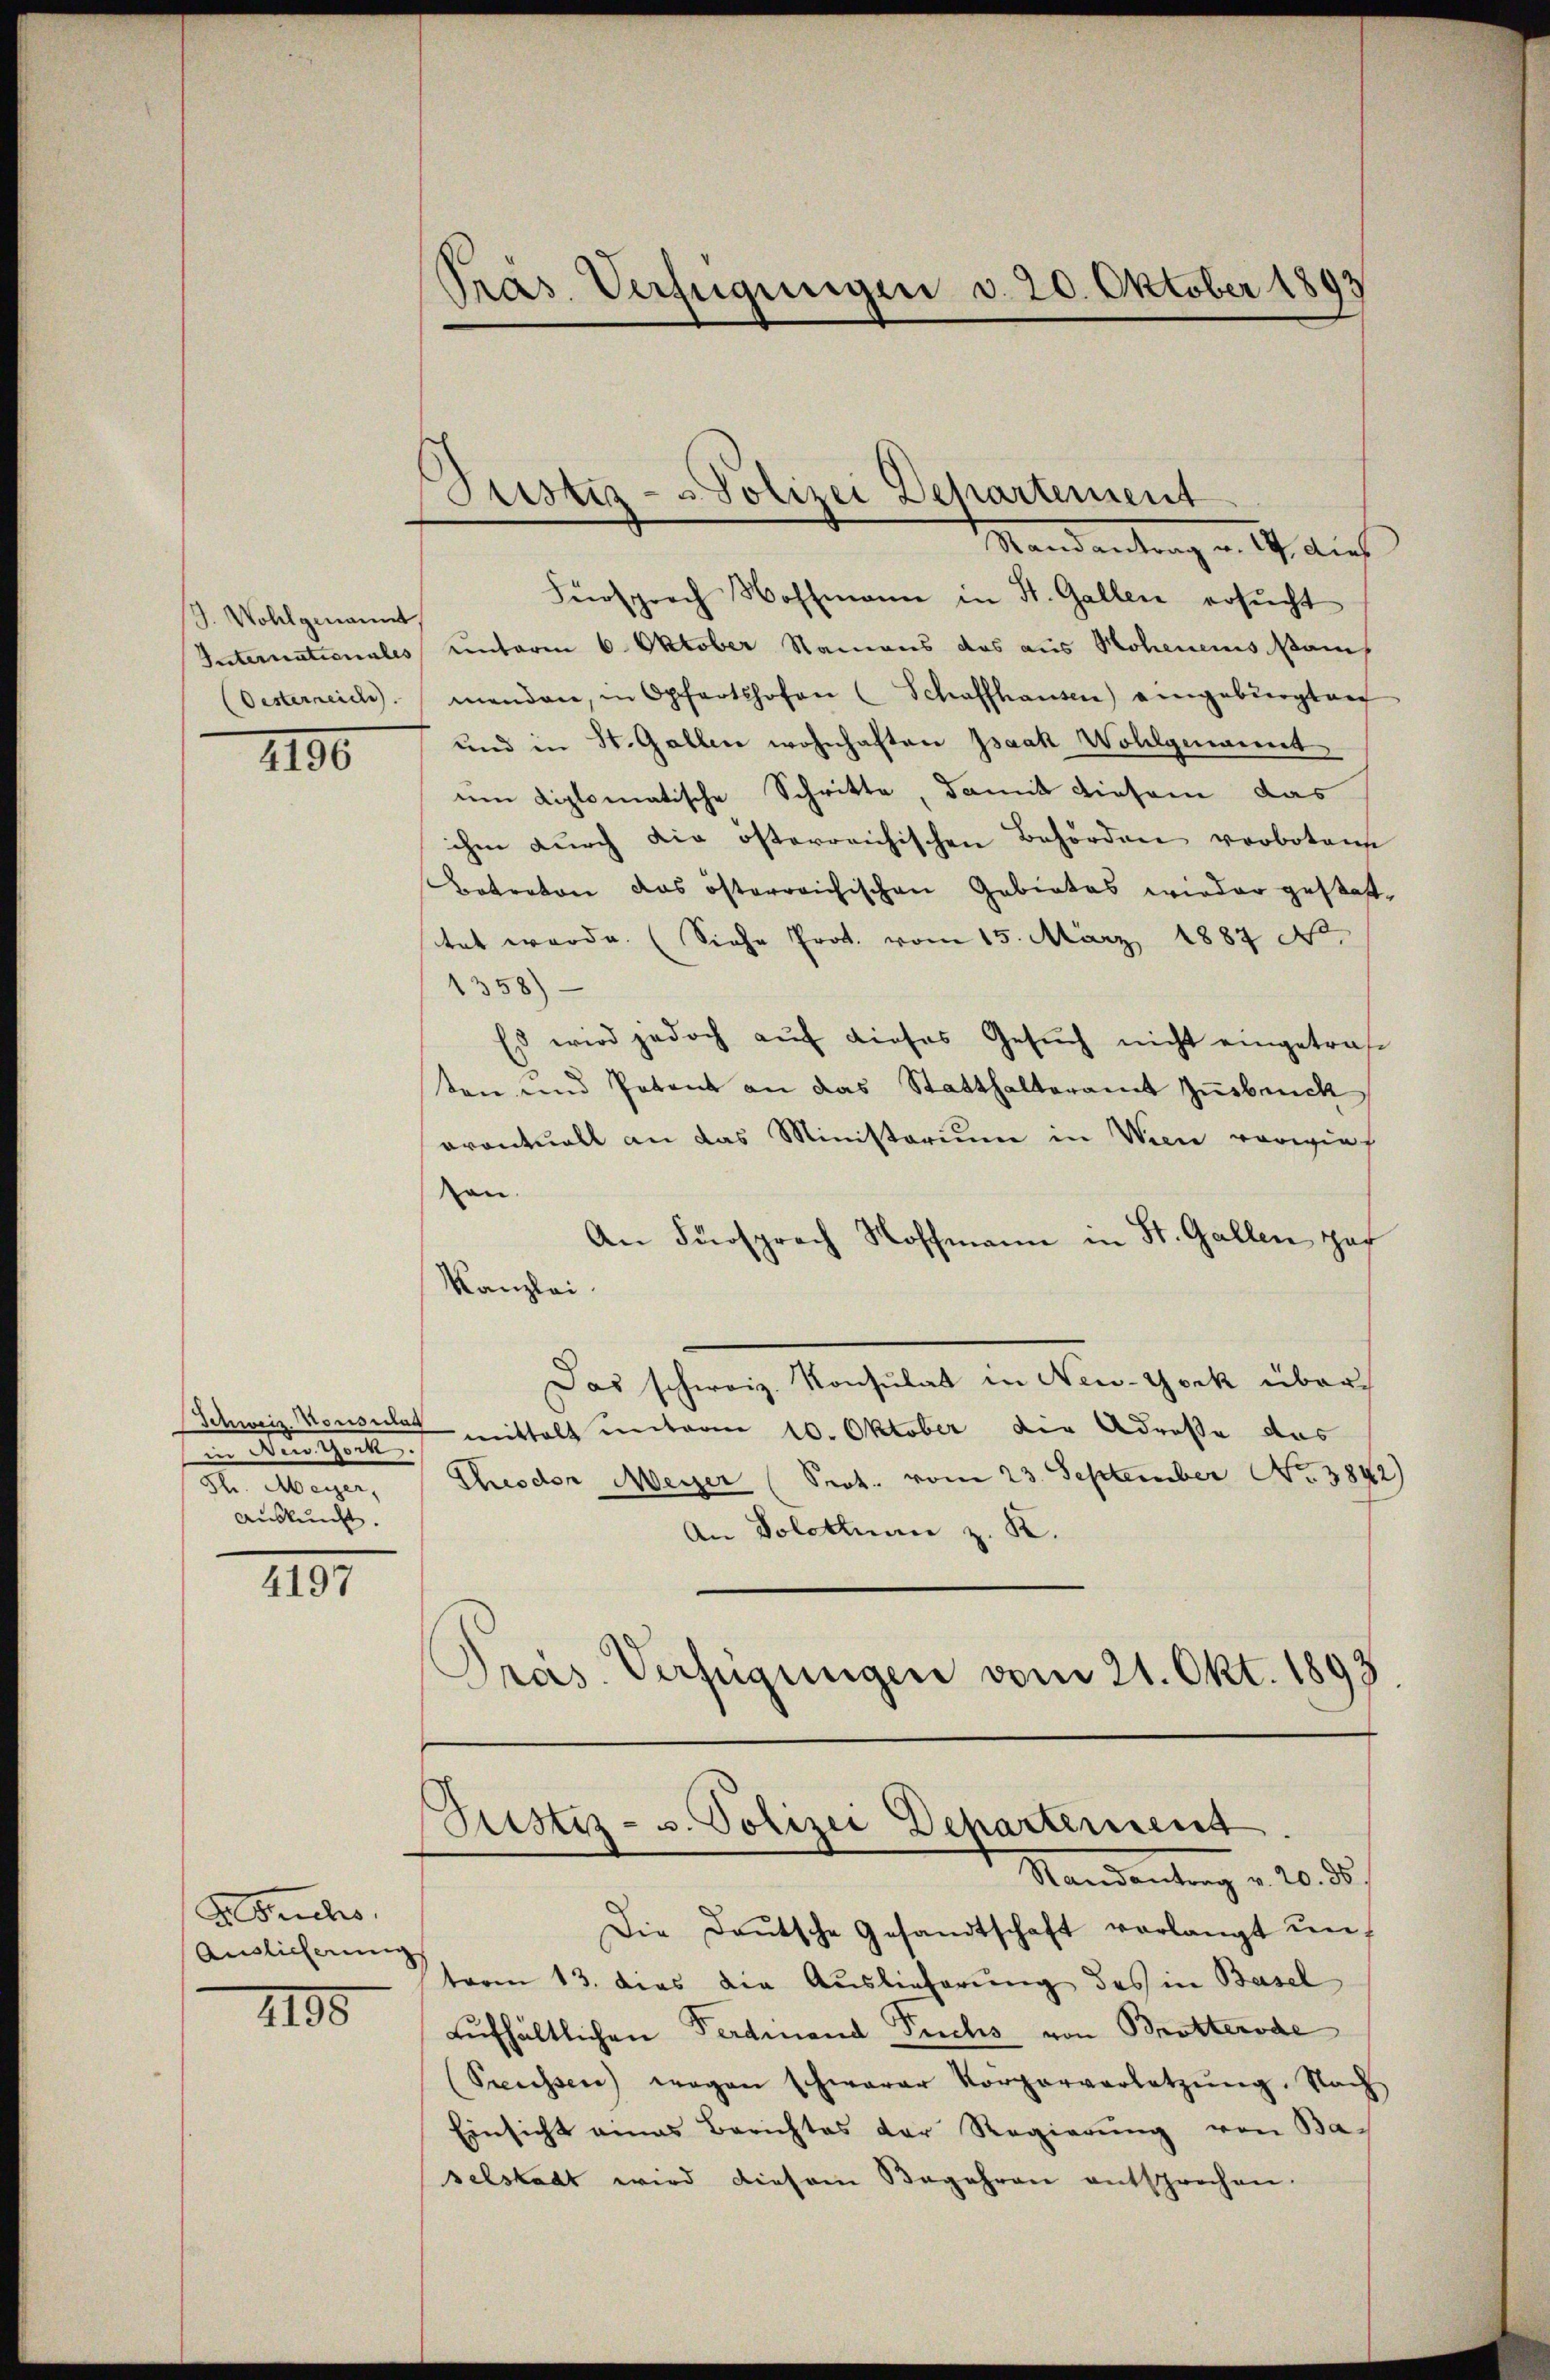
S. Wohlgenannt
Oesterreiche

1190

in Nestock.
d. Weigen,
Auskunft.

4197

Aebuchs,
Auslieferung

1190

Präs. Verfügungen d. 20. Oktober 1893

Suster - Polizei Departement
d

Justiz- u. Polizei Departement.

Mandantung v. J. dies
Fürsprach Wohlmann in St. Gallen ersucht
Internationales unterm 6. Oktober Namens das aus Hohenens sam
menden, in Opfertshofen (Schaffhausen) eingebürgten
und in St. Gallen wohnhaften Isaak Wollgenannt,
um diplomatische Schritte, damit diesem das
ihm durch die österreichischen Behörden verbotene
Botraton das österreichischen Gebietes wieder gestatttet werde. (Siehe Prot. vom 15. März 1887 No.
1358)
Es wird jedoch auf dieses Gesuch nicht eingetrafe
ten und Petent an das Statthalteramt Zusbruck
aventuell an das Ministerium in Wien vorwies
von
An Fürsprach Hoffmann in St. Gallen Hof
Kanzlei
Das schweiz. Konsulat in New-York über¬
Schweiz. Konsecte mittelt unterm 10. Oktober die Adresse das
Theodor Meyer (Prot. vom 23. September No. 3842)
An Solothurn z. K.
Pras. Verfügungen vom 21. Okt. 1893

Standentrag . 20. ds.
Die Daŭtsche Gesandtschaft verlangt un
term 13. dies die Auslieferung des in Basel
aufhältlichen Ferdinand Fuchs von Brotterode
(Sreussen) wegen schwerer Körperverletzŭng. Nach
Einsicht eines Berichtes der Regierŭng von Baselstadt wird diesem Begehren entsprechen.